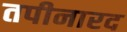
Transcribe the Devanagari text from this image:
तपीनारद